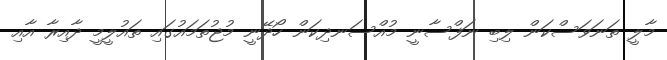
މާލީ ތަނަވަސްކަން ލިބި ނަފްސާނީ މުއްސަނދިކަން ހޯދޭނީ މުޖުތަމައުގައި ތައުލީމީ ދާއިރާ އާއި